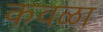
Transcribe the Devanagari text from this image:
कवळा